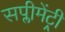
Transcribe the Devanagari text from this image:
सप्लीमेंट्री